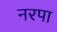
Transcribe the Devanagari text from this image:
नरपा